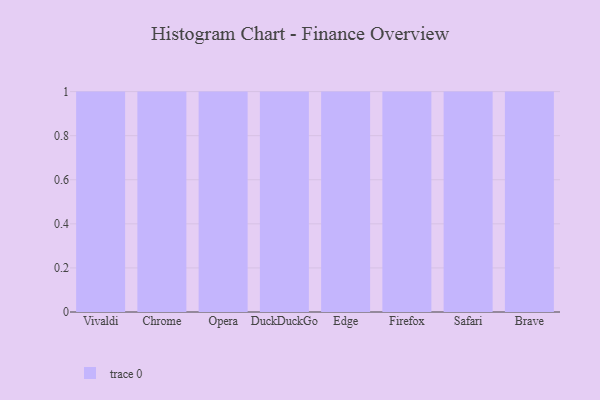
{"axis": {"x": "Browser", "y": "Population (Million)"}, "legend": [""], "data": [{"x": "Vivaldi", "y": 65, "type": ""}, {"x": "Chrome", "y": 9, "type": ""}, {"x": "Opera", "y": 7, "type": ""}, {"x": "DuckDuckGo", "y": 71, "type": ""}, {"x": "Edge", "y": 34, "type": ""}, {"x": "Firefox", "y": 71, "type": ""}, {"x": "Safari", "y": 92, "type": ""}, {"x": "Brave", "y": 2, "type": ""}]}